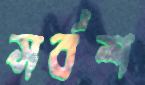
সর্বশ